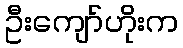
ဦးကျော်ဟိုးက